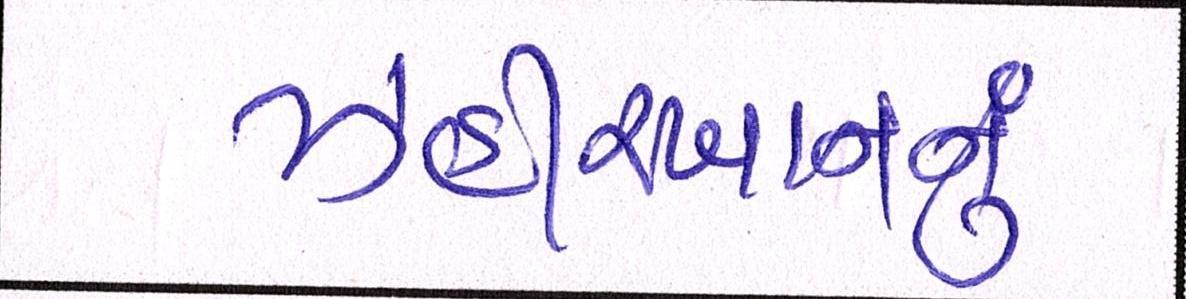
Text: ઝહીરખાનનું